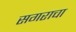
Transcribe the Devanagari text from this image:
सगराचा